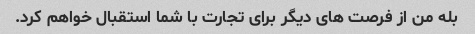
بله من از فرصت های دیگر برای تجارت با شما استقبال خواهم کرد.